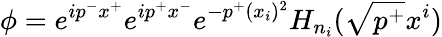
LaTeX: \phi=e^{ip^{-}x^{+}}e^{ip^{+}x^{-}}e^{-p^{+}(x_{i})^{2}}H_{n_{i}}(\sqrt{p^{+}}x^{i})